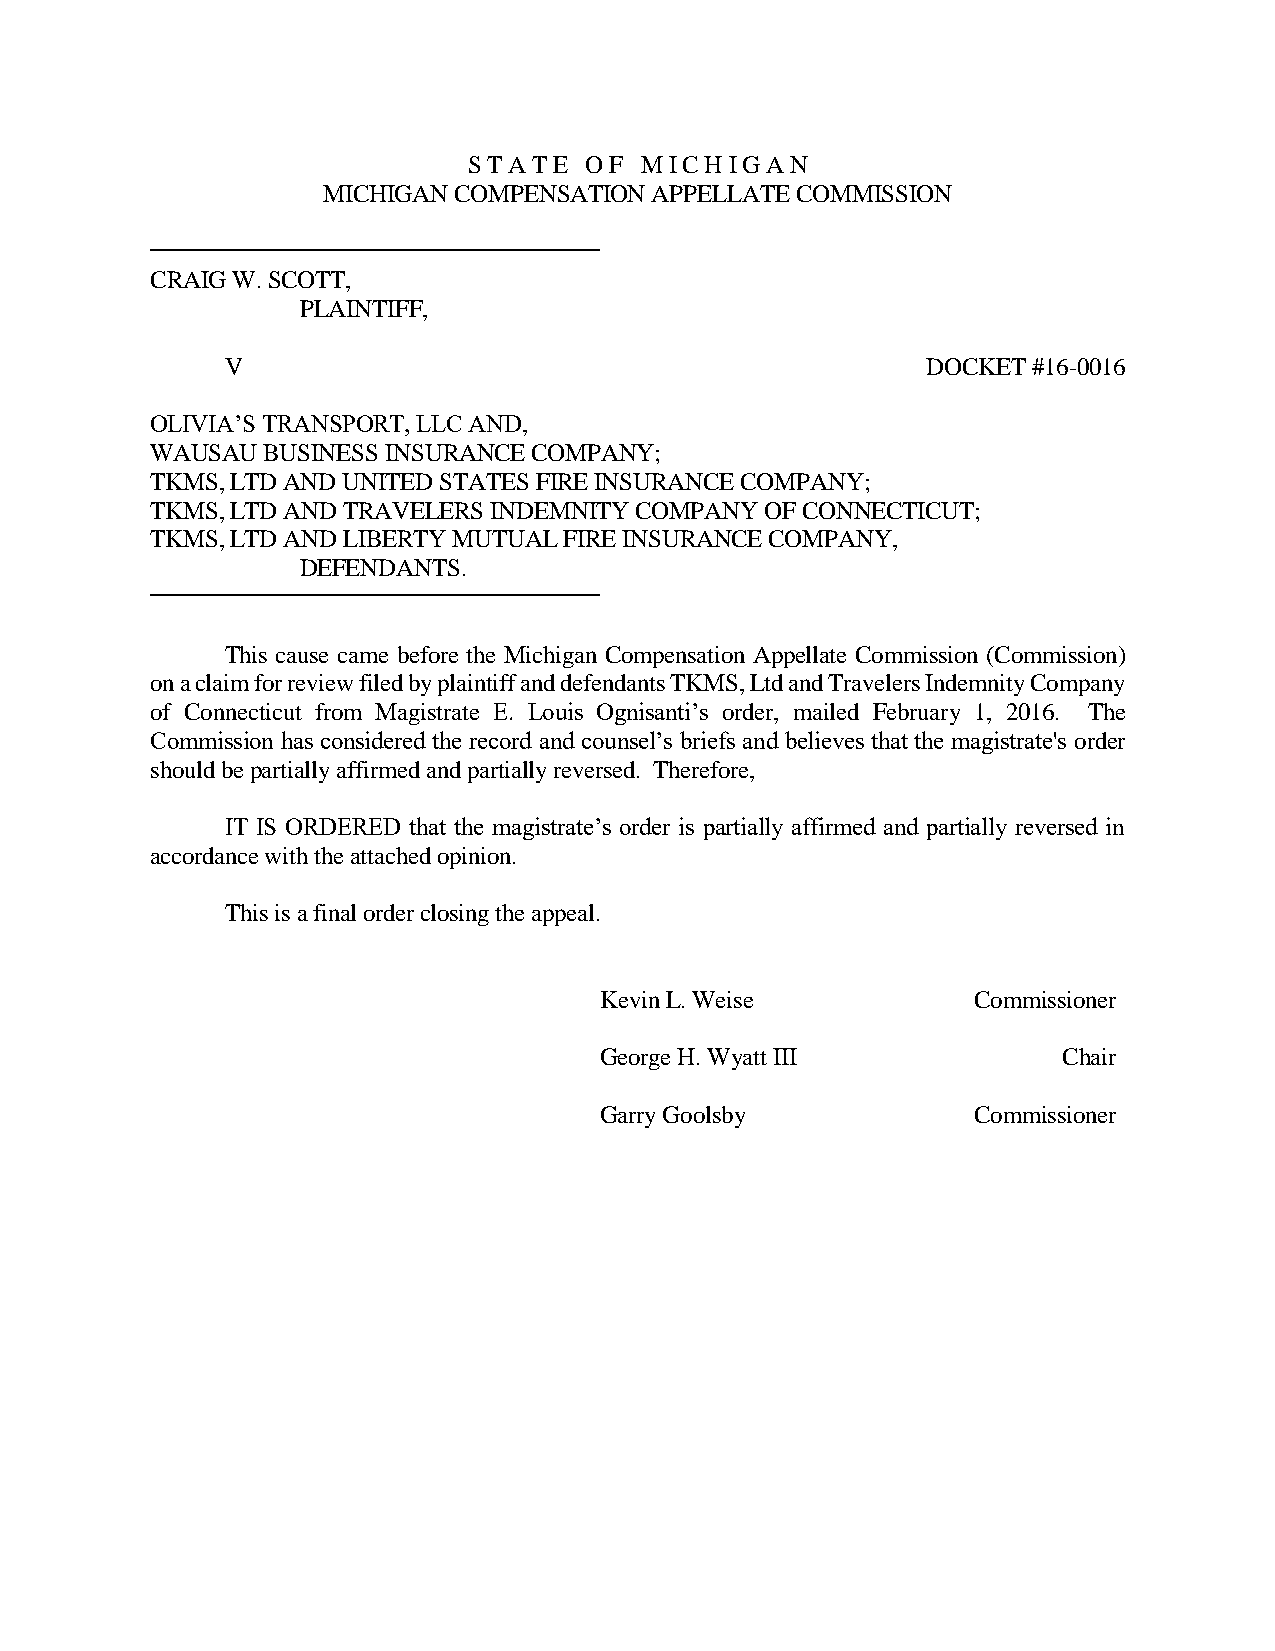
S T A T E O F M I C H I G A N
 MICHIGAN COMPENSATION APPELLATE COMMISSION
 CRAIG W. SCOTT,
 PLAINTIFF,
 V                                             DOCKET #16-0016
 OLIVIA’S TRANSPORT, LLC AND,
 WAUSAU BUSINESS INSURANCE COMPANY;
 TKMS, LTD AND UNITED STATES FIRE INSURANCE COMPANY;
 TKMS, LTD AND TRAVELERS INDEMNITY COMPANY OF CONNECTICUT;
 TKMS, LTD AND LIBERTY MUTUAL FIRE INSURANCE COMPANY,
 DEFENDANTS.
 This cause came before the Michigan Compensation Appellate Commission (Commission)
 on a claim for review filed by plaintiff and defendants TKMS, Ltd and Travelers Indemnity Company
 of Connecticut from Magistrate E. Louis Ognisanti’s order, mailed February 1, 2016. The
 Commission has considered the record and counsel’s briefs and believes that the magistrate's order
 should be partially affirmed and partially reversed. Therefore,
 IT IS ORDERED that the magistrate’s order is partially affirmed and partially reversed in
 accordance with the attached opinion.
 This is a final order closing the appeal.
 Kevin L. Weise          Commissioner
 George H. Wyatt III           Chair
 Garry Goolsby           Commissioner